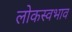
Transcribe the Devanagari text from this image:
लोकस्वभाव